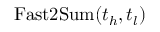
\mathrm { F a s t 2 S u m } ( t _ { h } , t _ { l } )